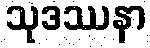
သုဒဿနာ